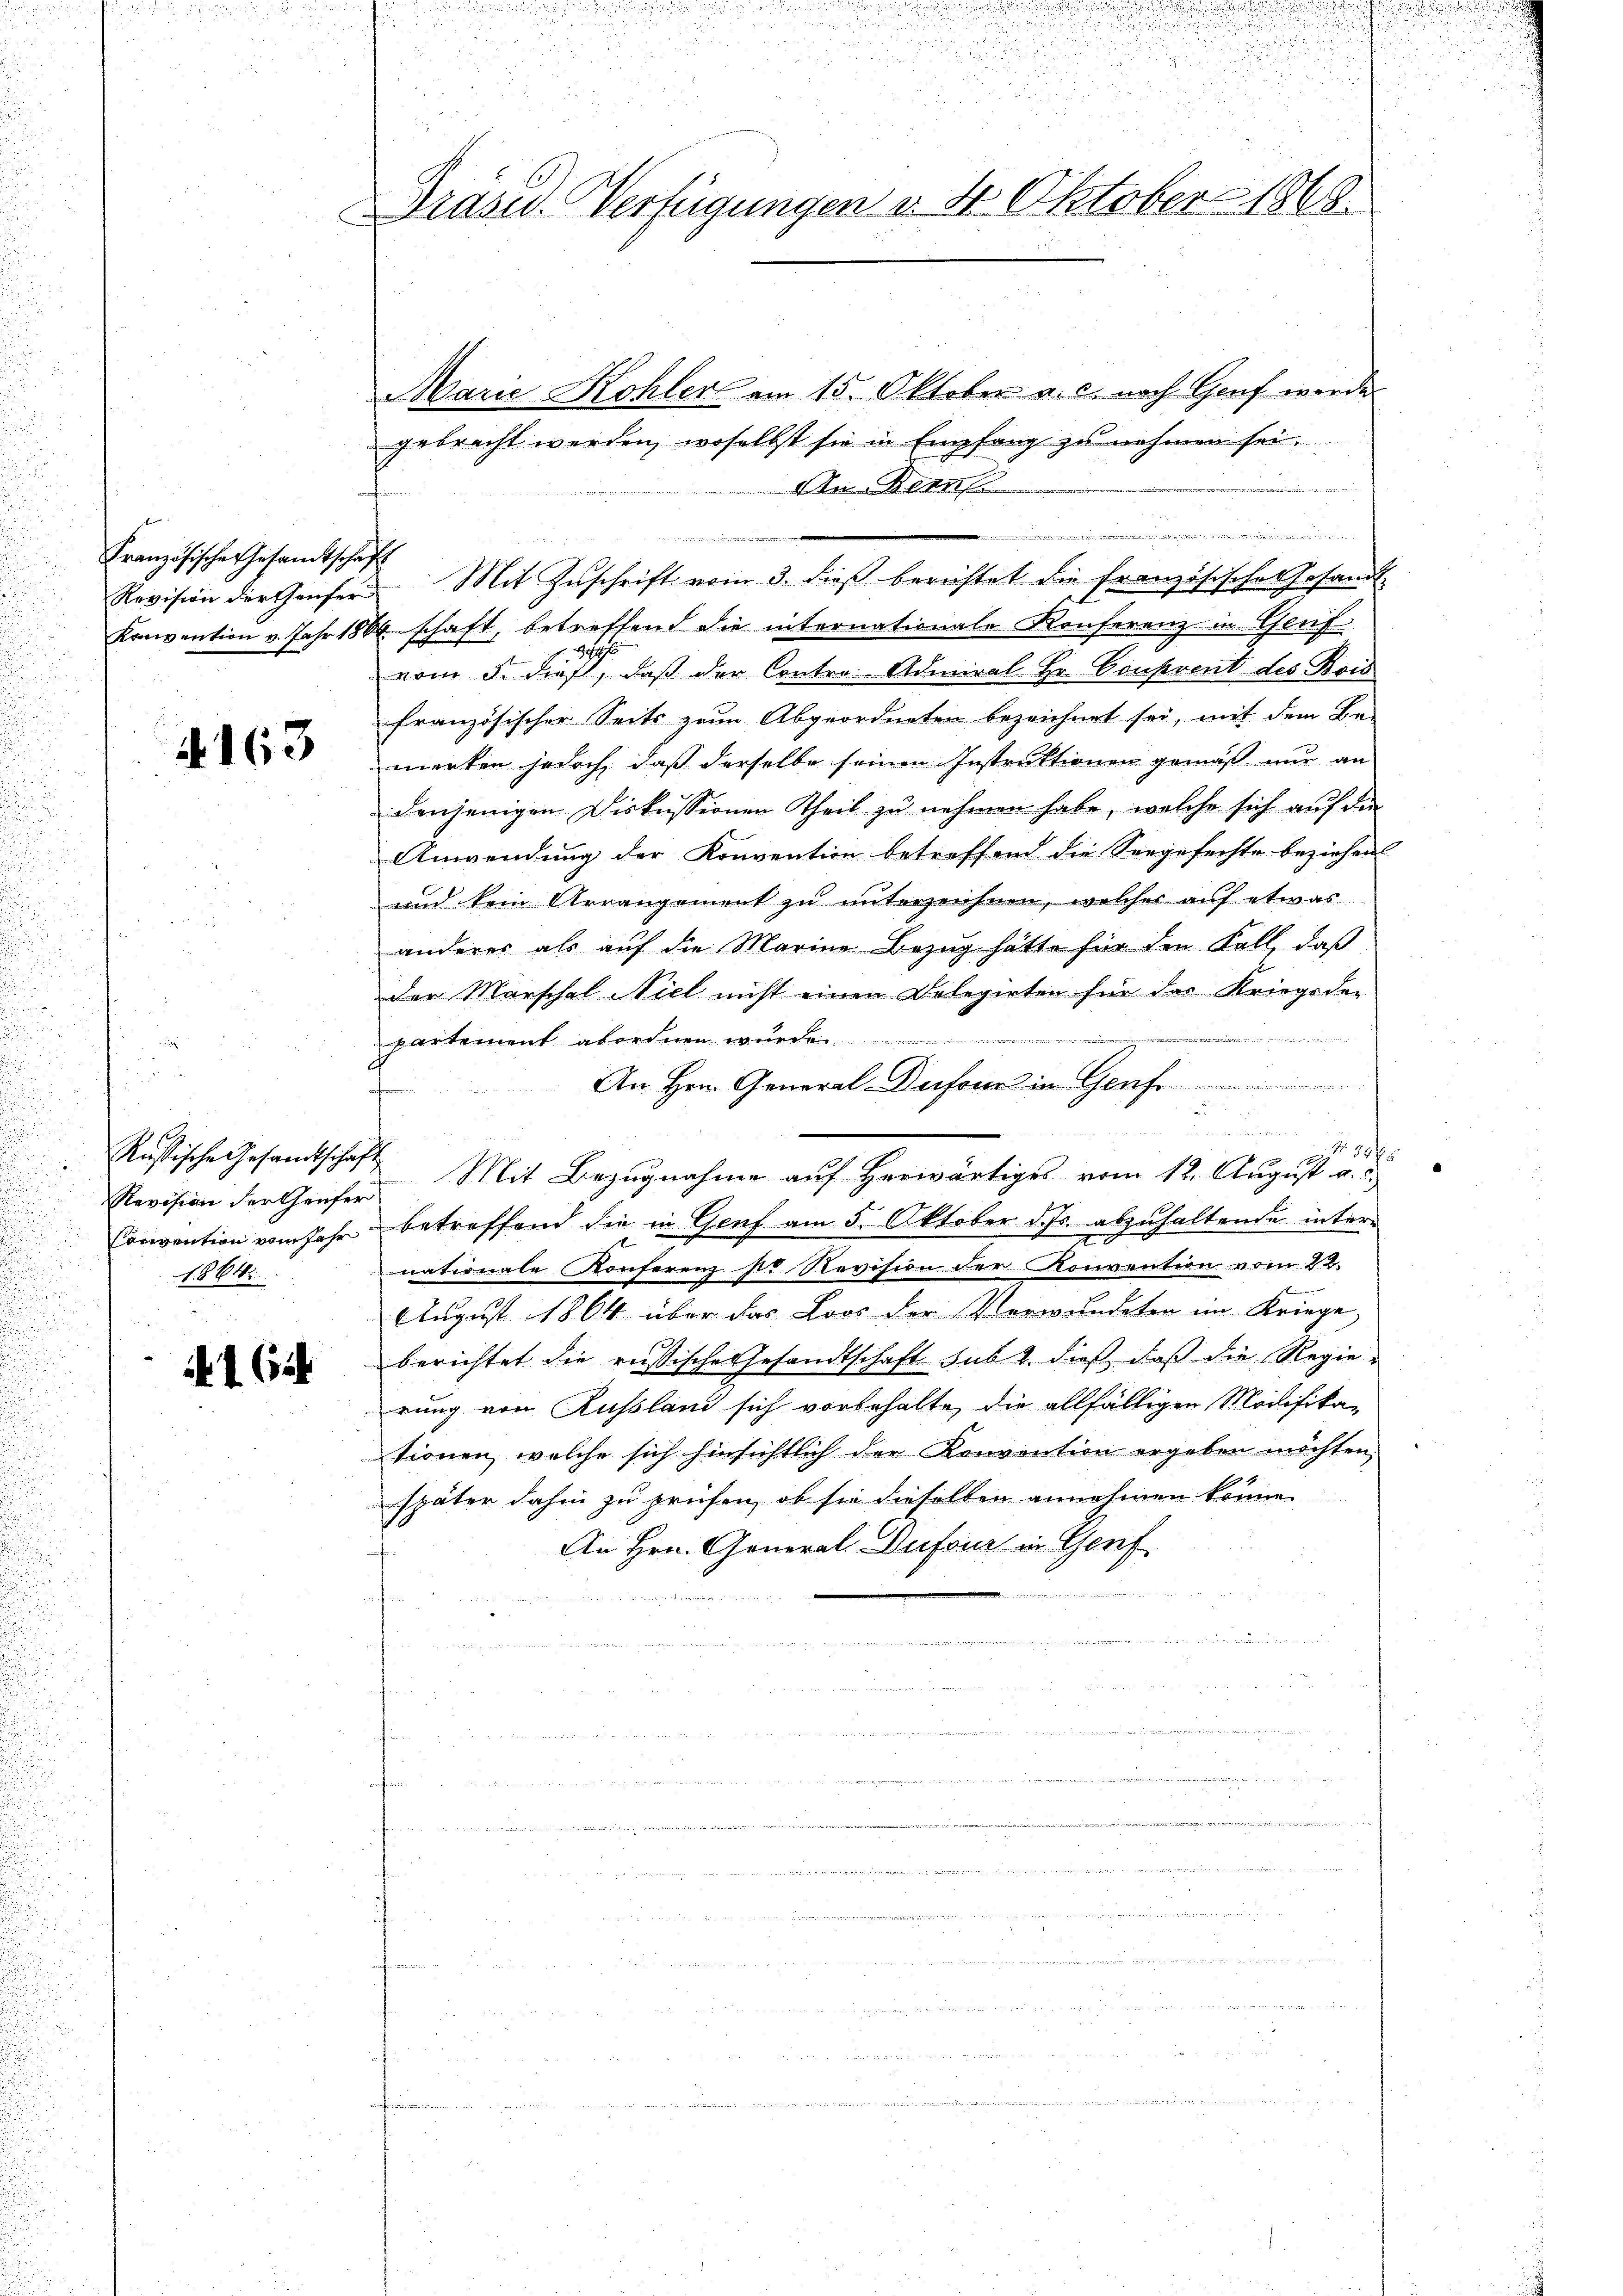
Französische Gesandtschaft

163

Russische Gesandtschaft
1864

N 1654

u
u
5
Drasid. Verfügungen v. 4. Oktober 1868.

Marie Kohler am 15. Oktober a. c. nach Genf werde
gebracht werden, woselbst sie in Empfang zu nehmen sei.
An Berns
e
Revision der Genfer Mit Zŭschrift vom 3. dieβ berichtet die Französisches Gesandt-
Konvention v. Jahr 1884 schaft, betreffend die internationale Konferenz in Genf
e
vom 5. dieß, daß der Contre-Admiral Hr. Conferent des Bois
französischer Seits zum Abgeordneten bezeichnet sei, mit dem Be-
merken jedoch, daß derselbe seinen Instruktionen gemäß nur an
denjenigen Diskussionen Theil zu nehmen habe, welche sich auf den
Anwendung der Konvention betreffend die Seegefechte beziehen
und kein Arrangement zu unterzeichnen, welches auf etwas
anderer als auf die Marina Bezug hätte für den Fall, daß
der Marschel Niel nicht einen Delegirten für das Kriegsde-
e
partement abordnen wurde
An Hrn. General-Dufour in Genf
f

Freundenen
 28
 11f
f 12
Revision der Genfer Mit Bezugnahme auf Herwärtiges vom 12. August a. c.
Convention vom Jahr betreffend die in Genf am 5. Oktober d. Js. abzuhaltende intere
nationale Konferenz Nr Revision der Konvention vom 22.
August 1864 über das Loos der Verwundeten im Kriege,
berichtet die russische Gesandtschaft sub 2. dieß, daß die Regierung von Russland sich vorbehalte, die allfälligen Modifikationen, welche sich hinsichtlich der Konvention ergeben möchten,
später dahin zu prüfen, ob sie dieselben annehmen könne,
An Hrn. General Dufour in Genf
 122